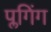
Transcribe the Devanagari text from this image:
प्लगिंग